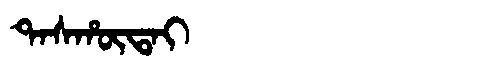
Manchu: ᡨᠠᠰᡥᡡᡨᠠᡳ
Romanization: TASHŪTAI